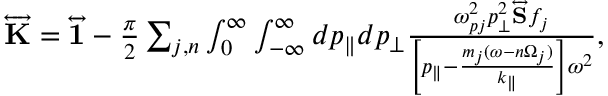
\begin{array} { r l } & { \overleftrightarrow { \mathbf { K } } = \overleftrightarrow { \mathbf { 1 } } - \frac { \pi } { 2 } \sum _ { j , n } \int \displaylimits _ { 0 } ^ { \infty } \int \displaylimits _ { - \infty } ^ { \infty } d p _ { \parallel } d p _ { \perp } \frac { \omega _ { p j } ^ { 2 } p _ { \perp } ^ { 2 } \overleftrightarrow { \mathbf { S } } f _ { j } } { \left[ p _ { \parallel } - \frac { m _ { j } ( \omega - n \Omega _ { j } ) } { k _ { \parallel } } \right] \omega ^ { 2 } } , } \end{array}